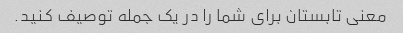
معنی تابستان برای شما را در یک جمله توصیف کنید.